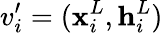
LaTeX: v_{i}^{\prime}=(\mathbf{x}_{i}^{L},\mathbf{h}_{i}^{L})